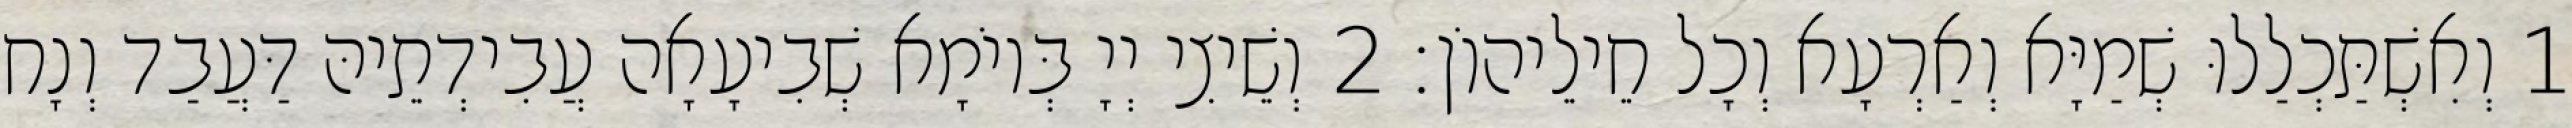
1 וְאִשְׁתַּכְלַלוּ שְׁמַיָּא וְאַרְעָא וְכָל חֵילֵיהוֹן׃ 2 וְשֵׁיצִי יְיָ בְּיוֹמָא שְׁבִיעָאָה עֲבִידְתֵיהּ דַּעֲבַד וְנָח